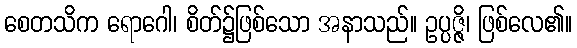
စေတသိက ရောဂေါ၊ စိတ်၌ဖြစ်သော အနာသည်။ ဥပ္ပဇ္ဇိ၊ ဖြစ်လေ၏။